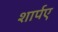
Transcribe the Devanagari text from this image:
शार्पए